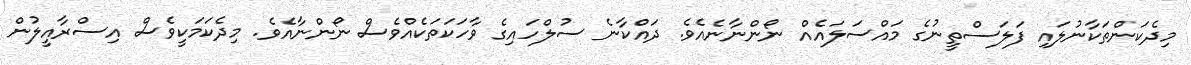
މިދެކަންތަކާނުލައި ފަލަސްތީނުގެ މައްސަލައެއް ނޯންނާނެއެވެ. ދައްކާނެ ސުލްހައިގެ ވާހަކަތަކެއްވެސް ނޯންނާއެވެ. މިދެކަމަކީވެސް އިސްރާއީލުން